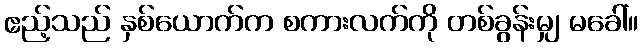
ဧည့်သည် နှစ်ယောက်က စကားလက်ကို တစ်ခွန်းမျှ မခေါ်။